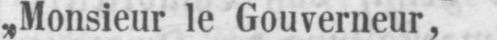
„Monsieur le Gouverneur,